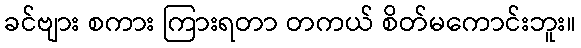
ခင်ဗျား စကား ကြားရတာ တကယ် စိတ်မကောင်းဘူး။